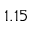
1 . 1 5